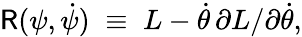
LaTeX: {\sf R}(\psi,\dot{\psi})\; \equiv\; L-\dot{\theta}\, \partial L/\partial\dot{\theta},